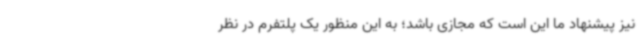
نیز پیشنهاد ما این است که مجازی باشد؛ به این منظور یک پلتفرم در نظر